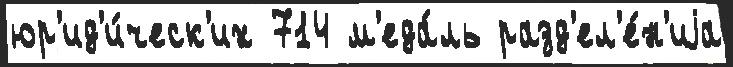
юр'ид'и́ческ'их 714 м'еда́ль разд'ел'е́н'иjа